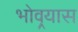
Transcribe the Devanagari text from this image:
भोवर्‍यास